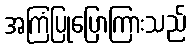
အကြံပြုပြောကြားသည်